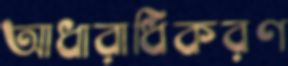
আধারাধিকরণ